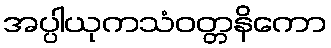
အပ္ပါယုကသံဝတ္တနိကော